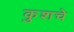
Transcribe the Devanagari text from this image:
कुशचे